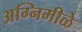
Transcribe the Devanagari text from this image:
अग्निमीळे